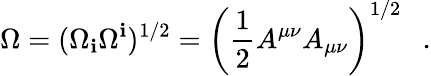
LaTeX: \Omega=(\Omega_{\mathbf{i}}\Omega^{\mathbf{i}})^{1/2}=\left(\frac{1}{2}A^{\mu\nu}A_{\mu\nu}\right)^{1/2}~~~.